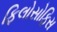
ફિલોસોફિસ